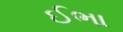
ઈભા